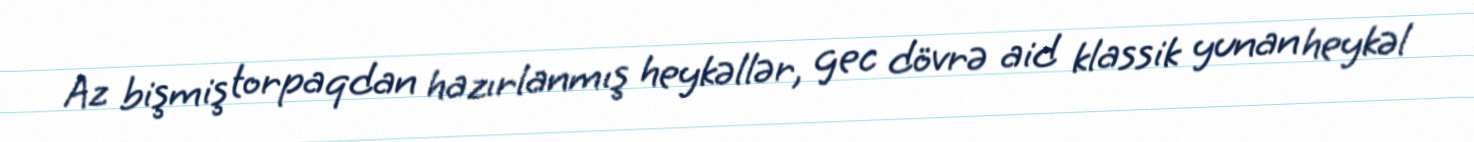
Az bişmiş torpaqdan hazırlanmış heykəllər, gec dövrə aid klassik yunan heykəl